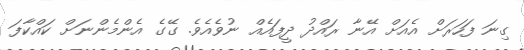
ގިނަ ފަހަރަށް އެއަށް އޭނާ ރައްދު ދީފައެެއް ނުވެއެވެ. ގޭގެ އެންމެންނަށް ކައްކާފަ